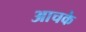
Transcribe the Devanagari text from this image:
आचके